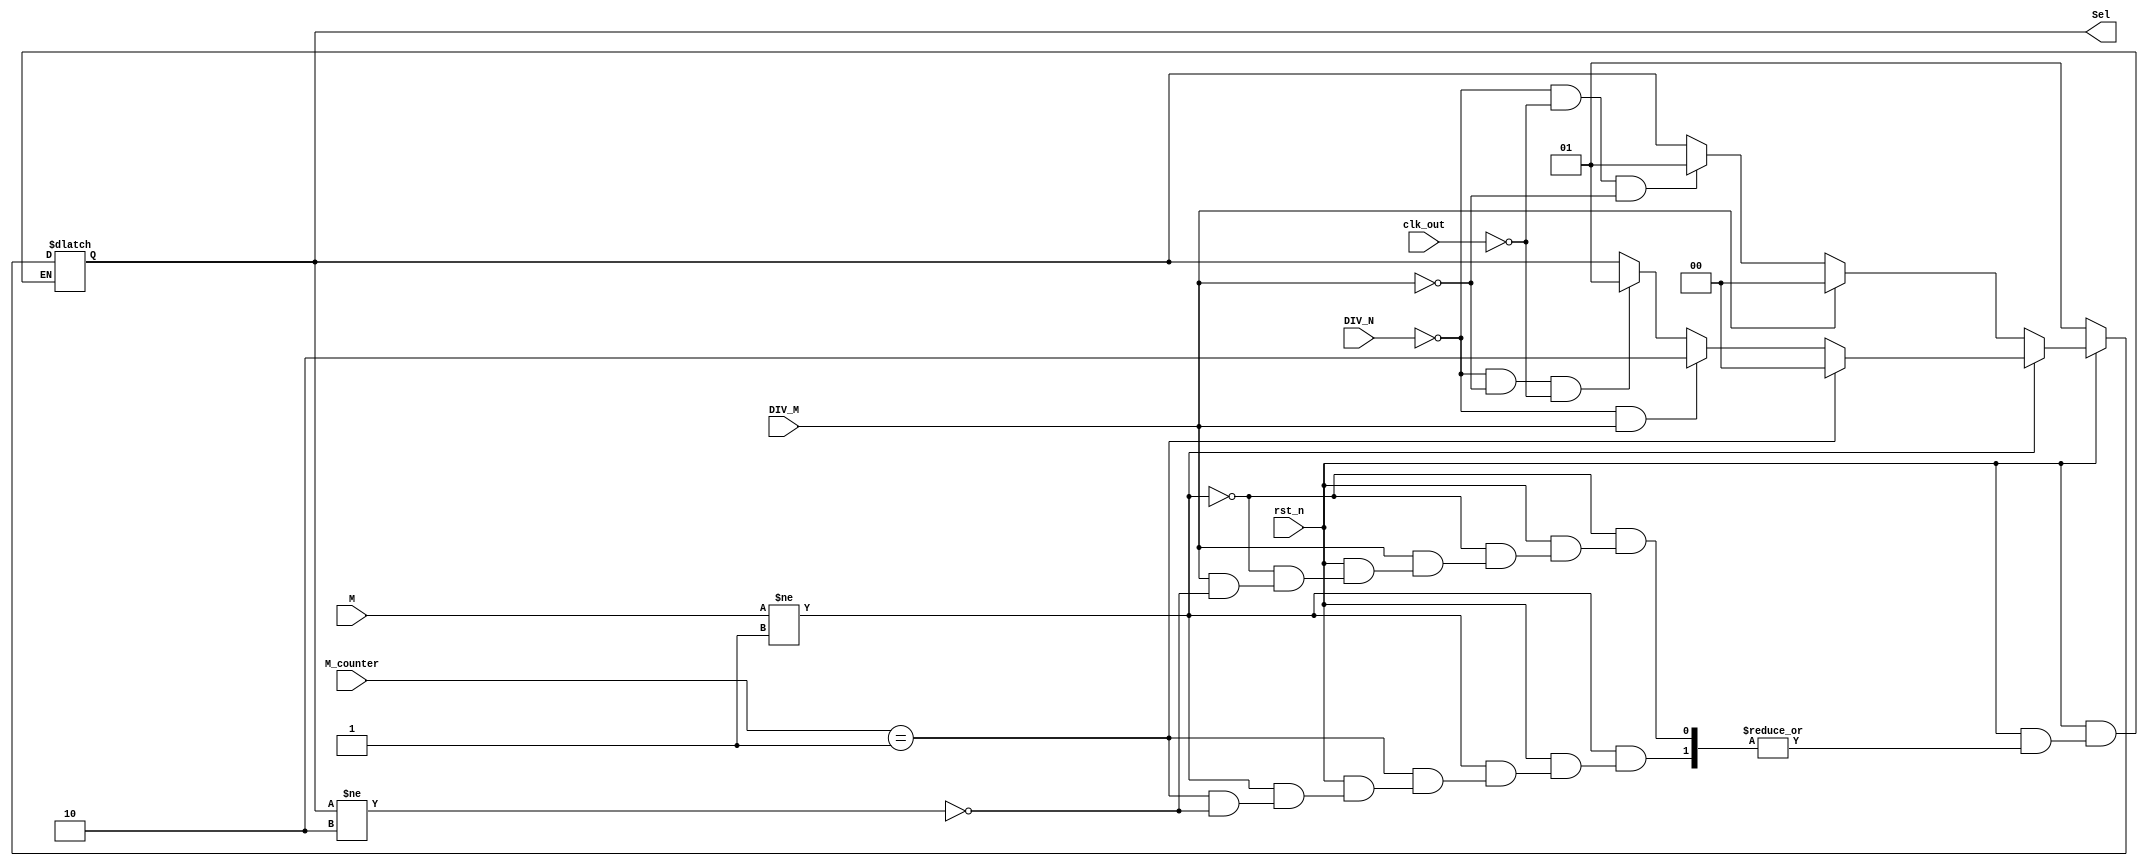
module Select_Logic (
    input DIV_N,
    input clk_out,
    input DIV_M,
    input [1:0] M, 
    input [1:0] M_counter,
    output reg [1:0] Sel,
    input rst_n
);
	reg [1:0] Sel_tmp;
    always @(*) begin
		if (~rst_n) begin
			Sel_tmp = 2'b01;
		end else if(M != 1) begin
			if (M_counter == 1) begin
				if (Sel != 2'b10) begin
					Sel_tmp = 2'b00;
				end
			end else if ((~DIV_N) && DIV_M) begin
				Sel_tmp = 2'b10;
			end else if ((~DIV_N) && (~DIV_M) && (~clk_out)) begin
				Sel_tmp = 2'b01;
			end else begin 
				Sel_tmp = Sel; 
			end
		end else begin
			if (DIV_M) begin
				if (Sel != 2'b10) begin
					Sel_tmp = 2'b00;
				end
			end else if ((~DIV_N) && (~clk_out) &&(~DIV_M)) begin
				Sel_tmp = 2'b01;
			end else begin 
				Sel_tmp = Sel; 
			end
    	end
	end	
	
	always @(*) begin
		Sel = Sel_tmp;
	end
endmodule